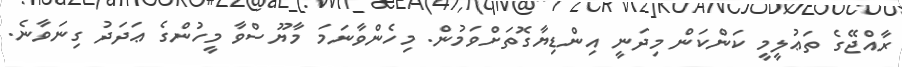
ރާއްޖޭގެ ތަޢުލީމީ ކަންކަން މިދަނީ އިންޑިޔާގޮތަށްވަމުން. މިހެންވާނަމަ މާޔޫސްވާ މީހުންގެ ޢަދަދު ގިނަވާނެ.